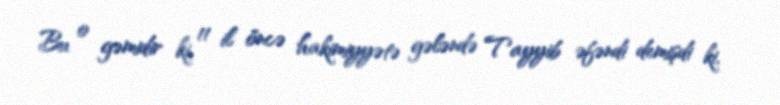
Bu o gəmidir ki, 11 il öncə hakimiyyətə gələndə Tayyib əfəndi demişdi ki,